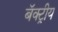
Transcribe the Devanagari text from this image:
बॅक्ट्रीय